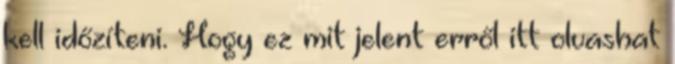
kell időzíteni. Hogy ez mit jelent erről itt olvashat